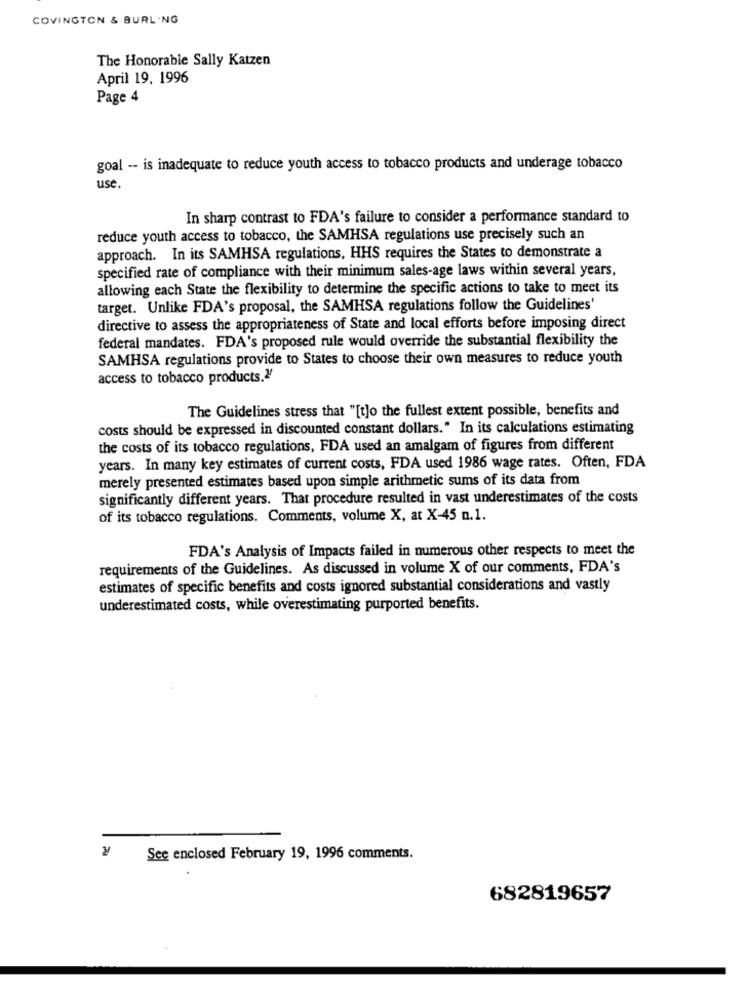
COVINGTON & BURLING
The Honorable Sally Katzen
April 19, 1996
Page 4
goal -- is inadequate to reduce youth access to tobacco products and underage tobacco
use.
In sharp contrast to FDA's failure to consider a performance standard to
reduce youth access to tobacco, the SAMHSA regulations use precisely such an
approach. In its SAMHSA regulations, HHS requires the States to demonstrate a
specified rate of compliance with their minimum sales-age laws within several years,
allowing each State the flexibility to determine the specific actions to take to meet its
target. Unlike FDA's proposal, the SAMHSA regulations follow the Guidelines'
directive to assess the appropriateness of State and local efforts before imposing direct
federal mandates. FDA's proposed rule would override the substantial flexibility the
SAMHSA regulations provide to States to choose their own measures to reduce youth
access to tobacco products."
The Guidelines stress that "[t]o the fullest extent possible, benefits and
costs should be expressed in discounted constant dollars." In its calculations estimating
the costs of its tobacco regulations, FDA used an amalgam of figures from different
years. In many key estimates of current costs, FDA used 1986 wage rates. Often, FDA
merely presented estimates based upon simple arithmetic sums of its data from
significantly different years. That procedure resulted in vast underestimates of the costs
of its tobacco regulations. Comments, volume X, at X-45 n.1.
FDA's Analysis of Impacts failed in numerous other respects to meet the
requirements of the Guidelines. As discussed in volume X of our comments, FDA's
estimates of specific benefits and costs ignored substantial considerations and vastly
underestimated costs, while overestimating purported benefits.
See enclosed February 19, 1996 comments.
682819657